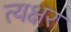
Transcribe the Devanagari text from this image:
त्यक्षर